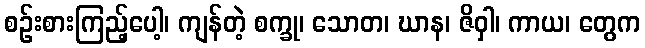
စဉ်းစားကြည့်ပေါ့၊ ကျန်တဲ့ စက္ခု၊ သောတ၊ ဃာန၊ ဇိဝှါ၊ ကာယ၊ တွေက